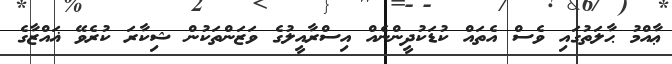
ޢާއްމު ޙާލަތުގައި ވެސް އެތައް ކުޑަކުދީންނެއް އިސްރާއީލުގެ ވަޒަންތަކުން ޝިކާރަ ކުރެވޭ ޣައްޒާގެ